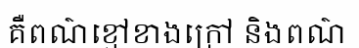
គឺពណ៌ខ្មៅខាងក្រៅ និងពណ៌